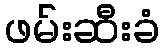
ဖမ်းဆီးခံ